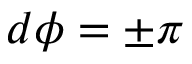
d \phi = \pm \pi